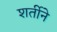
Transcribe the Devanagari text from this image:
शर्तीने